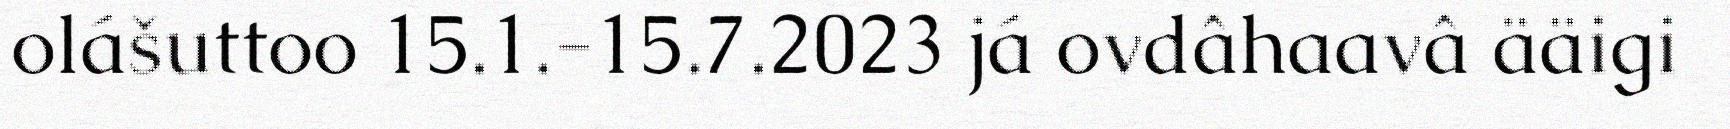
olášuttoo 15.1.-15.7.2023 já ovdâhaavâ ääigi